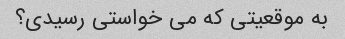
به موقعیتی که می خواستی رسیدی؟